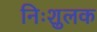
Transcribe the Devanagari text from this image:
निःशुलक